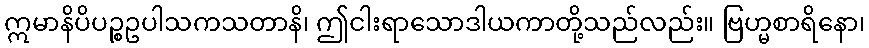
ဣမာနိပိပဉ္စဥပါသကသတာနိ၊ ဤငါးရာသောဒါယကာတို့သည်လည်း။ ဗြဟ္မစာရိနော၊